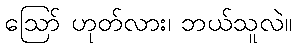
ဪ ဟုတ်လား၊ ဘယ်သူလဲ။